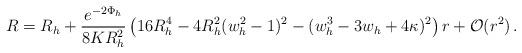
LaTeX: \begin{align*}R = R_h + \frac{e^{-2\Phi_h}}{8 K R_h^2}\left( 16 R_h^4 - 4 R_h^2(w_h^2-1)^2- (w_h^3-3w_h+4\kappa)^2 \right) r+ {\cal O}(r^2)\,.\end{align*}